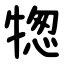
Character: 㹅